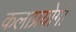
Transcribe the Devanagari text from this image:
कलाप्रयोगों